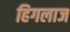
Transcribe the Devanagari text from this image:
हिगलाज